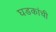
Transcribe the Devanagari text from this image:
घडकांची